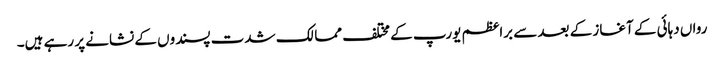
رواں دہائی کے آغاز کے بعد سے براعظم یورپ کے مختلف ممالک شدت پسندوں کے نشانے پر رہے ہیں۔